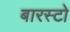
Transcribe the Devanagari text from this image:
बारस्टो